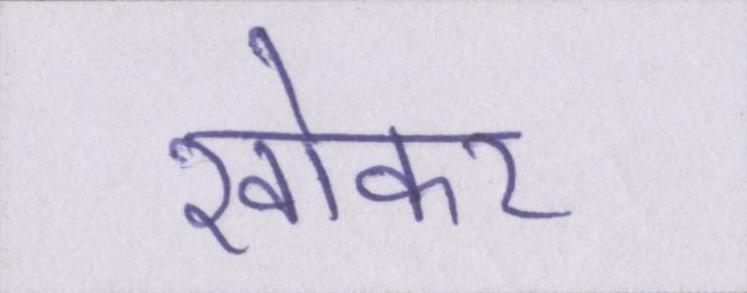
खोकर